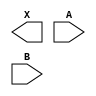
module sky130_fd_sc_hvl__and2 (
    X,
    A,
    B
);

    output X;
    input  A;
    input  B;

    // Voltage supply signals
    supply1 VPWR;
    supply0 VGND;
    supply1 VPB ;
    supply0 VNB ;

endmodule